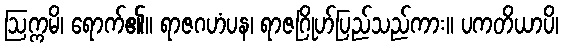
ဩက္ကမိ၊ ရောက်၏။ ရာဇဂဟံပန၊ ရာဇဂြိုဟ်ပြည်သည်ကား။ ပကတိယာပိ၊